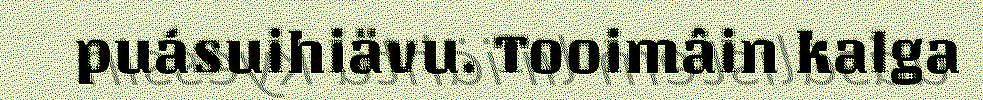
puásuihiävu. Tooimâin kalga